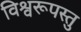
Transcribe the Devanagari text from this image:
विश्वरूपस्तु